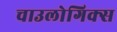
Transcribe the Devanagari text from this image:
चाउलोगिक्स